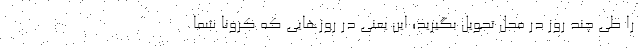
را طی چند روز در محل تحویل بگیرید؛ این یعنی در روزهایی که کرونا شما